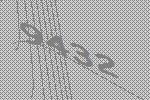
9432